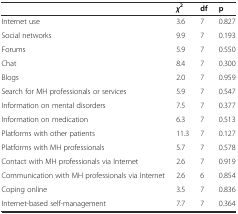
<table><thead><tr><td></td><td><b><i>χ</i><sup>2</sup></b></td><td><b>df</b></td><td><b>p</b></td></tr></thead><tbody><tr><td>Internet use</td><td>3.6</td><td>7</td><td>0.827</td></tr><tr><td>Social networks</td><td>9.9</td><td>7</td><td>0.193</td></tr><tr><td>Forums</td><td>5.9</td><td>7</td><td>0.550</td></tr><tr><td>Chat</td><td>8.4</td><td>7</td><td>0.300</td></tr><tr><td>Blogs</td><td>2.0</td><td>7</td><td>0.959</td></tr><tr><td>Search for MH professionals or services</td><td>5.9</td><td>7</td><td>0.547</td></tr><tr><td>Information on mental disorders</td><td>7.5</td><td>7</td><td>0.377</td></tr><tr><td>Information on medication</td><td>6.3</td><td>7</td><td>0.513</td></tr><tr><td>Platforms with other patients</td><td>11.3</td><td>7</td><td>0.127</td></tr><tr><td>Platforms with MH professionals</td><td>5.7</td><td>7</td><td>0.578</td></tr><tr><td>Contact with MH professionals via Internet</td><td>2.6</td><td>7</td><td>0.919</td></tr><tr><td>Communication with MH professionals via Internet</td><td>2.6</td><td>6</td><td>0.854</td></tr><tr><td>Coping online</td><td>3.5</td><td>7</td><td>0.836</td></tr><tr><td>Internet-based self-management</td><td>7.7</td><td>7</td><td>0.364</td></tr></tbody></table>